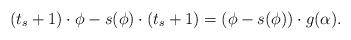
\begin{align*}(t_s+1) \cdot \phi - s(\phi) \cdot (t_s+1) = (\phi - s(\phi)) \cdot g(\alpha).\end{align*}